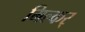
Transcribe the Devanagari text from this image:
मिल्कर्